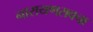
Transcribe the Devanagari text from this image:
नारायणरावचा